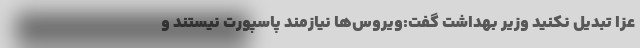
عزا تبدیل نکنید وزیر بهداشت گفت:ویروس‌ها نیازمند پاسپورت نیستند و